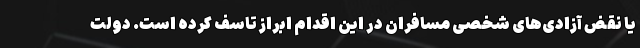
یا نقض آزادی‌های شخصی مسافران در این اقدام ابراز تاسف کرده است. دولت